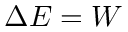
\Delta { } E = W